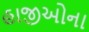
હાજીઓના